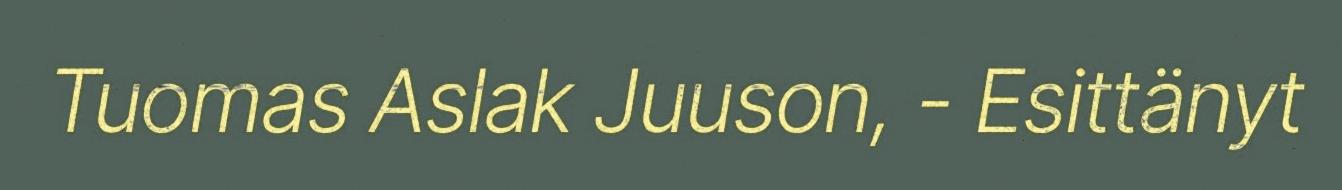
Tuomas Aslak Juuson, - Esittänyt